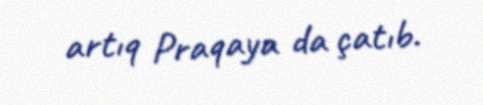
artıq Praqaya da çatıb.